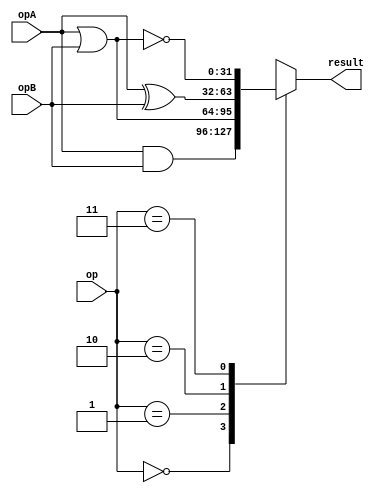
`define VAL 31
`define WIDTH 32
`define NUMREGS 32
`define LOG2NUMREGS 5
`define PC_WIDTH 30
`define I_DATAWIDTH 32
`define I_ADDRESSWIDTH 14
`define I_SIZE 16384
`define D_ADDRESSWIDTH 32
`define DM_DATAWIDTH 32
`define DM_BYTEENAWIDTH 4
`define DM_ADDRESSWIDTH 10
`define DM_SIZE 16384
`define     OP_SPECIAL       6'b000000
`define     OP_REGIMM        6'b000001
`define     OP_J             6'b000010
`define     OP_JAL           6'b000011
`define     OP_BEQ           6'b000100
`define     OP_BNE           6'b000101
`define     OP_BLEZ          6'b000110
`define     OP_BGTZ          6'b000111
`define     OP_ADDI          6'b001000
`define     OP_ADDIU         6'b001001
`define     OP_SLTI          6'b001010
`define     OP_SLTIU         6'b001011
`define     OP_ANDI          6'b001100
`define     OP_ORI           6'b001101
`define     OP_XORI          6'b001110
`define     OP_LUI           6'b001111
`define     OP_LB            6'b100000
`define     OP_LH            6'b100001
`define     OP_LWL           6'b100010
`define     OP_LW            6'b100011
`define     OP_LBU           6'b100100
`define     OP_LHU           6'b100101
`define     OP_LWR           6'b100110
`define     OP_SB            6'b101100
`define     OP_SH            6'b101101
`define     OP_SWL           6'b101010
`define     OP_SW            6'b101111
`define     OP_SWR           6'b101110
`define     FUNC_SLL         6'b000000
`define     FUNC_SRL         6'b000010
`define     FUNC_SRA         6'b000011
`define     FUNC_SLLV        6'b000100
`define     FUNC_SRLV        6'b000110
`define     FUNC_SRAV        6'b000111
`define     FUNC_JR          6'b001110
`define     FUNC_JALR        6'b001111
`define     FUNC_MFHI        6'b110100
`define     FUNC_MTHI        6'b110101
`define     FUNC_MFLO        6'b110110
`define     FUNC_MTLO        6'b110111
`define     FUNC_MULT        6'b111100
`define     FUNC_MULTU       6'b111101
`define     FUNC_DIV         6'b111110
`define     FUNC_DIVU        6'b111111
`define     FUNC_ADD         6'b100000
`define     FUNC_ADDU        6'b100001
`define     FUNC_SUB         6'b100010
`define     FUNC_SUBU        6'b100011
`define     FUNC_AND         6'b100100
`define     FUNC_OR          6'b100101
`define     FUNC_XOR         6'b100110
`define     FUNC_NOR         6'b100111
`define     FUNC_SLT         6'b101010
`define     FUNC_SLTU        6'b101011
`define     FUNC_BLTZ        1'b0
`define     FUNC_BGEZ        1'b1
`define     OP_COP2        6'b010010
`define     COP2_FUNC_CFC2      6'b111000
`define     COP2_FUNC_CTC2      6'b111010
`define     COP2_FUNC_MTC2      6'b111011
//`define     FUNC_BLTZAL      5'b10000
//`define     FUNC_BGEZAL      5'b10001
`define     FUNC_BLTZ        5'b00000
`define     FUNC_BGEZ        5'b00001
`define     FUNC_BLTZAL      5'b10000
`define     FUNC_BGEZAL      5'b10001
`define SIMULATION_MEMORY
//`define WIDTH 32
//`define WIDTH 32
//`define WIDTH 32
//`define WIDTH 32
//`define WIDTH 32
//`define WIDTH 32
//`define WIDTH 32
//`define WIDTH 32
//`define WIDTH 32
//`define WIDTH 32
//`define WIDTH 32
//`define WIDTH 32

module logic_unit (
	opB, 
	opA,
	op,
	result
);

//parameter WIDTH=32;

input [31:0] opA;
input [31:0] opB;
input [1:0] op;
output [31:0] result;

reg [31:0] logic_result;

always@(opA or opB or op )
	case(op)
		2'b00:
			logic_result=opA&opB;
		2'b01:
			logic_result=opA|opB;
		2'b10:
			logic_result=opA^opB;
		2'b11:
			logic_result=~(opA|opB);
	endcase

assign result=logic_result;


endmodule